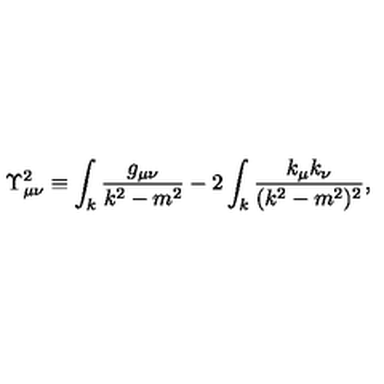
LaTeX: \Upsilon _ { \mu \nu } ^ { 2 } \equiv \int _ { k } \frac { g _ { \mu \nu } } { k ^ { 2 } - m ^ { 2 } } - 2 \int _ { k } \frac { k _ { \mu } k _ { \nu } } { ( k ^ { 2 } - m ^ { 2 } ) ^ { 2 } } ,